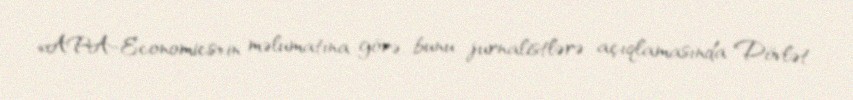
«APA-Economics»in məlumatına görə, bunu jurnalistlərə açıqlamasında Dövlət